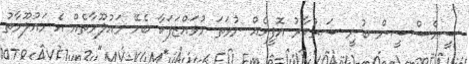
ސީއެސްސީން ބުނީ ސަރުކާރު އޮފީހެއް ނުވަތަ މުވައްޒަފަކާ ބެހޭ މައުލޫމާތެއް އެ މައުލޫމާތު